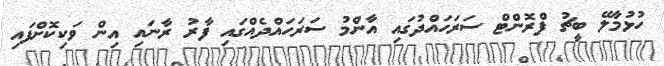
ހުޅުމާލޭ ބީޗު ފްރޮންޓް ސަރަހައްދުގައި އާންމު ސަރަހައްދެއްގައި ފާރު ރާނައި އިން ވަކިކޮށްފައި